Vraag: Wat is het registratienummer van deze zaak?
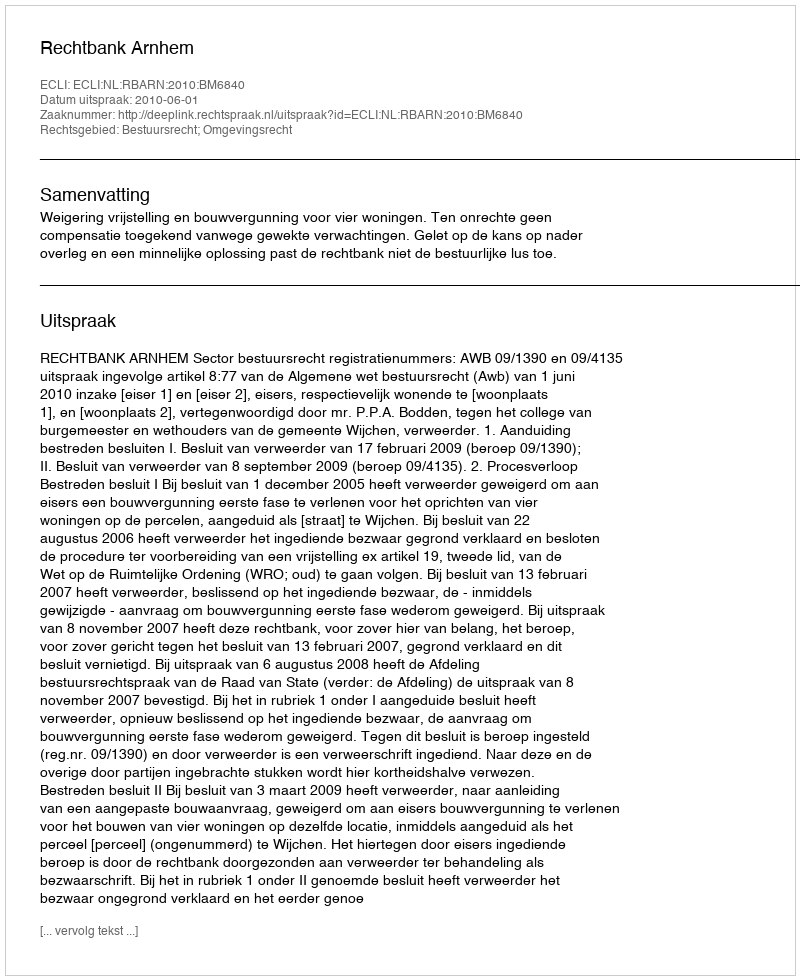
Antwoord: http://deeplink.rechtspraak.nl/uitspraak?id=ECLI:NL:RBARN:2010:BM6840